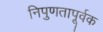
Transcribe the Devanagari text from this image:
निपुणतापूर्वक